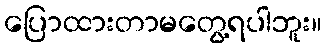
ပြောထားတာမတွေ့ရပါဘူး။